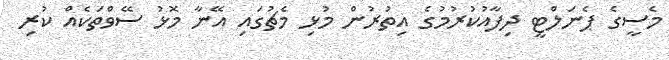
މެސީގެ ޕެނަލްޓީ ދިފާއުކުރުމުގެ އިތުރުން މުޅި މެޗުގައި އޭނާ މޮޅު ސޭވްތަކެއް ކުރި